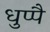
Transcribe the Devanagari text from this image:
धुप्पै